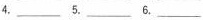
4.\underline 5.\underline 6.\underline